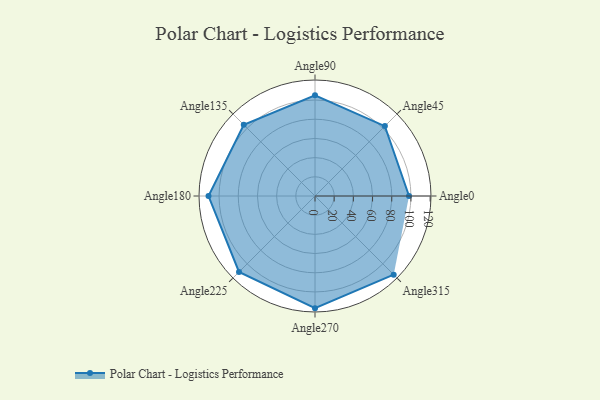
{"axis": {"x": "Angle", "y": "Radius"}, "legend": [""], "data": [{"x": "Angle0", "y": 98.0, "type": ""}, {"x": "Angle45", "y": 103.0, "type": ""}, {"x": "Angle90", "y": 105.0, "type": ""}, {"x": "Angle135", "y": 105.0, "type": ""}, {"x": "Angle180", "y": 111.0, "type": ""}, {"x": "Angle225", "y": 112.0, "type": ""}, {"x": "Angle270", "y": 117.0, "type": ""}, {"x": "Angle315", "y": 116.0, "type": ""}]}